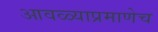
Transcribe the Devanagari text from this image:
आवळ्याप्रमाणेच